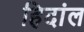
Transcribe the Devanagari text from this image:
हिदांल